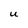
Character: U